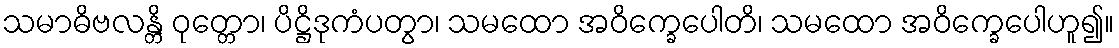
သမာဓိဗလန္တိ ဝုတ္တော၊ ပိဋ္ဌိဒုကံပတွာ၊ သမထော အဝိက္ခေပေါတိ၊ သမထော အဝိက္ခေပေါဟူ၍။